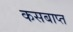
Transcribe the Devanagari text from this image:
कसबाप्त